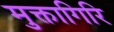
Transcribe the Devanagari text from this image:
मुक्तागिरि